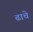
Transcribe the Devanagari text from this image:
ढाचे